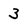
Character: 3